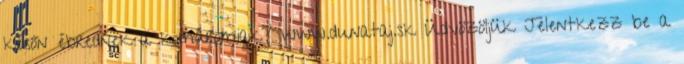
későn ébrednek a komáromiak? www.dunataj.sk Üdvözöljük Jelentkezz be a